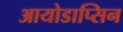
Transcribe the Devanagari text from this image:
आयोडाप्सिन